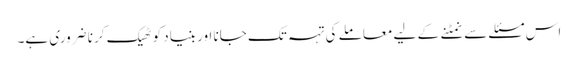
اس مسئلے سے نمٹنے کے لیے معاملے کی تہہ تک جانا اور بنیاد کو ٹھیک کرنا ضروری ہے۔